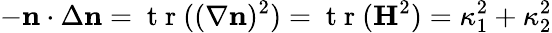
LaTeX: -\mathbf n\cdot\Delta\mathbf n=\mathrm{~t~r~}((\nabla\mathbf n)^{2})=\mathrm{~t~r~}(\mathbf H^{2})=\kappa_{1}^{2}+\kappa_{2}^{2}